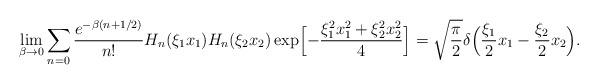
LaTeX: \begin{align*}\lim_{\beta\to 0} \sum_{n=0} \frac{e^{-\beta(n+1/2)}}{n!}H_{n}(\xi_{1}x_{1})H_{n}(\xi_{2}x_{2}) \exp\Bigl[-\frac{\xi_{1}^{2}x_{1}^{2}+\xi_{2}^{2}x_{2}^{2}}{4}\Bigr]=\sqrt{\frac{\pi}{2}}\delta\Bigl(\frac{\xi_{1}}{2}x_{1}-\frac{\xi_{2}}{2}x_{2}\Bigr).\end{align*}